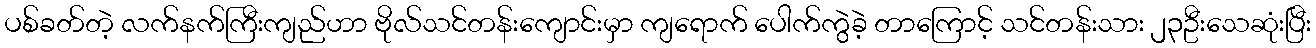
ပစ်ခတ်တဲ့ လက်နက်ကြီးကျည်ဟာ ဗိုလ်သင်တန်းကျောင်းမှာ ကျရောက် ပေါက်ကွဲခဲ့ တာကြောင့် သင်တန်းသား ၂၃ဦးသေဆုံးပြီး